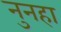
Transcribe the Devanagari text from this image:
नुनहा